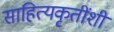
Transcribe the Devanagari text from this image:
साहित्यकृतींशी